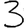
Digit: 3